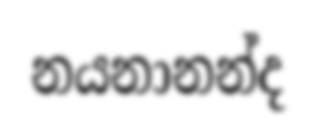
නයනානන්ද